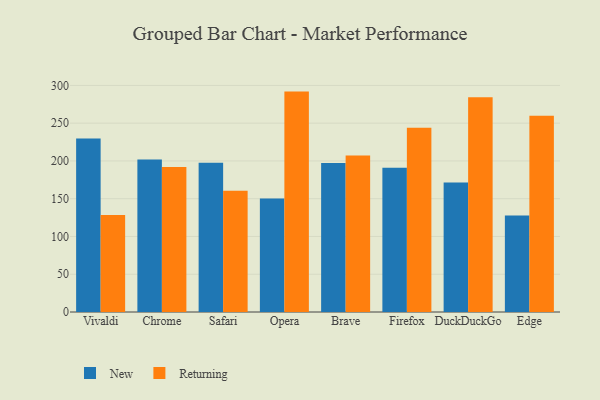
{"axis": {"x": "Browser", "y": "Website Visitors"}, "legend": ["New", "Returning"], "data": [{"x": "Vivaldi", "y": 229.8, "type": "New"}, {"x": "Vivaldi", "y": 128.5, "type": "Returning"}, {"x": "Chrome", "y": 201.9, "type": "New"}, {"x": "Chrome", "y": 191.9, "type": "Returning"}, {"x": "Safari", "y": 197.7, "type": "New"}, {"x": "Safari", "y": 160.5, "type": "Returning"}, {"x": "Opera", "y": 150.2, "type": "New"}, {"x": "Opera", "y": 291.8, "type": "Returning"}, {"x": "Brave", "y": 197.4, "type": "New"}, {"x": "Brave", "y": 207.2, "type": "Returning"}, {"x": "Firefox", "y": 190.9, "type": "New"}, {"x": "Firefox", "y": 244.0, "type": "Returning"}, {"x": "DuckDuckGo", "y": 171.4, "type": "New"}, {"x": "DuckDuckGo", "y": 284.4, "type": "Returning"}, {"x": "Edge", "y": 127.7, "type": "New"}, {"x": "Edge", "y": 259.7, "type": "Returning"}]}